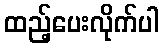
ထည့်ပေးလိုက်ပါ